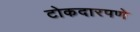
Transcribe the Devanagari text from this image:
टोकदारपणे